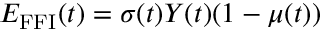
E _ { \mathrm { F F I } } ( t ) = \sigma ( t ) Y ( t ) ( 1 - \mu ( t ) )